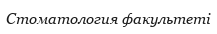
Стоматология факультеті